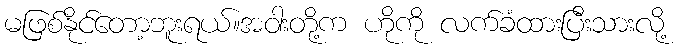
မဖြစ်နိုင်တော့ဘူးရယ်။အဝါးတို့က ဟိုကို လက်ခံထားပြီးသားလို့